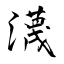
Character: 瀎